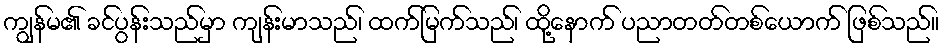
ကျွန်မ၏ ခင်ပွန်းသည်မှာ ကျန်းမာသည်၊ ထက်မြက်သည်၊ ထို့နောက် ပညာတတ်တစ်ယောက် ဖြစ်သည်။